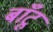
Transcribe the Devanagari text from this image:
बाँटू